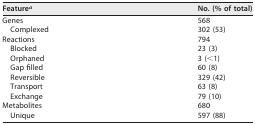
<table><thead><tr><td><b>Feature<sup>a</sup></b></td><td><b>No. (% of total)</b></td></tr></thead><tbody><tr><td>Genes</td><td>568</td></tr><tr><td>Complexed</td><td>302 (53)</td></tr><tr><td>Reactions</td><td>794</td></tr><tr><td>Blocked</td><td>23 (3)</td></tr><tr><td>Orphaned</td><td>3 (&lt;1)</td></tr><tr><td>Gap filled</td><td>60 (8)</td></tr><tr><td>Reversible</td><td>329 (42)</td></tr><tr><td>Transport</td><td>63 (8)</td></tr><tr><td>Exchange</td><td>79 (10)</td></tr><tr><td>Metabolites</td><td>680</td></tr><tr><td>Unique</td><td>597 (88)</td></tr></tbody></table>